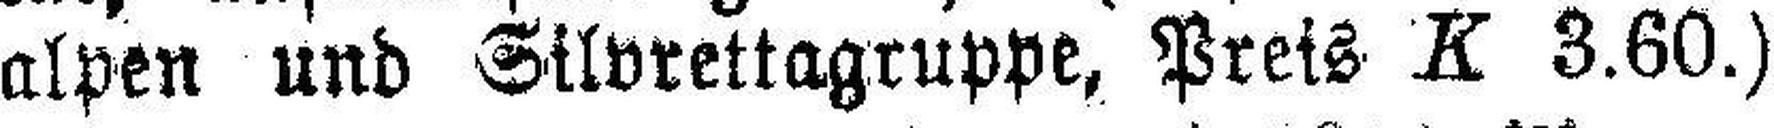
alpen und Silvrettagruppe, Preis K 3.60.)